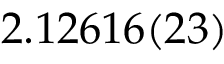
2 . 1 2 6 1 6 ( 2 3 )